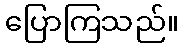
ပြောကြသည်။